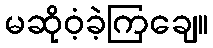
မဆိုဝံ့ခဲ့ကြချေ။